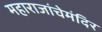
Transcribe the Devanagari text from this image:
महाराजांचेमंदिर